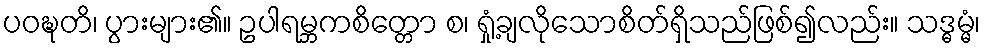
ပဝဍ္ဎတိ၊ ပွားများ၏။ ဥပါရမ္ဘကစိတ္တော စ၊ ရှုံ့ချလိုသောစိတ်ရှိသည်ဖြစ်၍လည်း။ သဒ္ဓမ္မံ၊